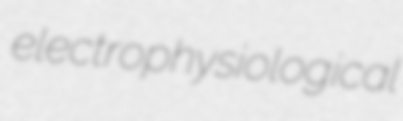
electrophysiological